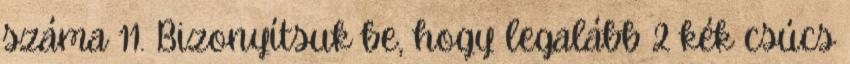
száma 11. Bizonyítsuk be, hogy legalább 2 kék csúcs